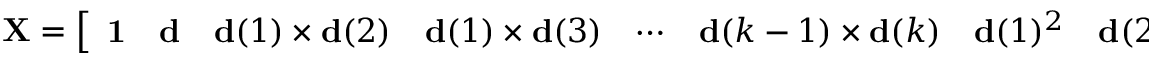
\mathbf { X } = { \left[ \begin{array} { l l l l l l l l l l } { \mathbf { 1 } } & { \mathbf { d } } & { \mathbf { d } ( 1 ) \times \mathbf { d } ( 2 ) } & { \mathbf { d } ( 1 ) \times \mathbf { d } ( 3 ) } & { \cdots } & { \mathbf { d } ( k - 1 ) \times \mathbf { d } ( k ) } & { \mathbf { d } ( 1 ) ^ { 2 } } & { \mathbf { d } ( 2 ) ^ { 2 } } & { \cdots } & { \mathbf { d } ( k ) ^ { 2 } } \end{array} \right] } ,